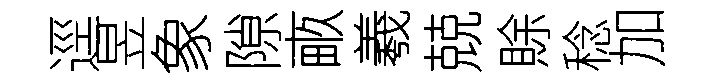
逕昱象隙畞羲兢賖稔加